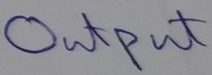
Text: OUTPUT